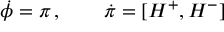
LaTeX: \dot { \phi } = \pi \, , \qquad \dot { \pi } = [ H ^ { + } , H ^ { - } ]